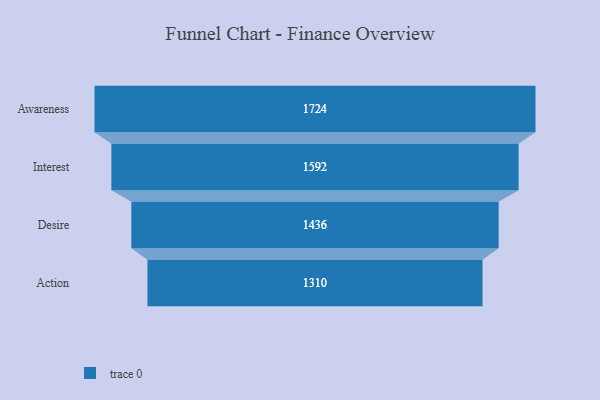
{"axis": {"x": "Stage", "y": "Value"}, "legend": [""], "data": [{"x": "Awareness", "y": 1724.0, "type": ""}, {"x": "Interest", "y": 1592.0, "type": ""}, {"x": "Desire", "y": 1436.0, "type": ""}, {"x": "Action", "y": 1310.0, "type": ""}]}